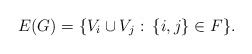
\begin{align*} E(G)=\{V_i\cup V_j:\: \{i,j\} \in F\}.\end{align*}